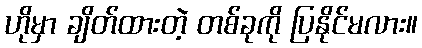
ဟိုမှာ ချိတ်ထားတဲ့ တစ်ခုကို ပြနိုင်မလား။